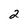
Character: 2